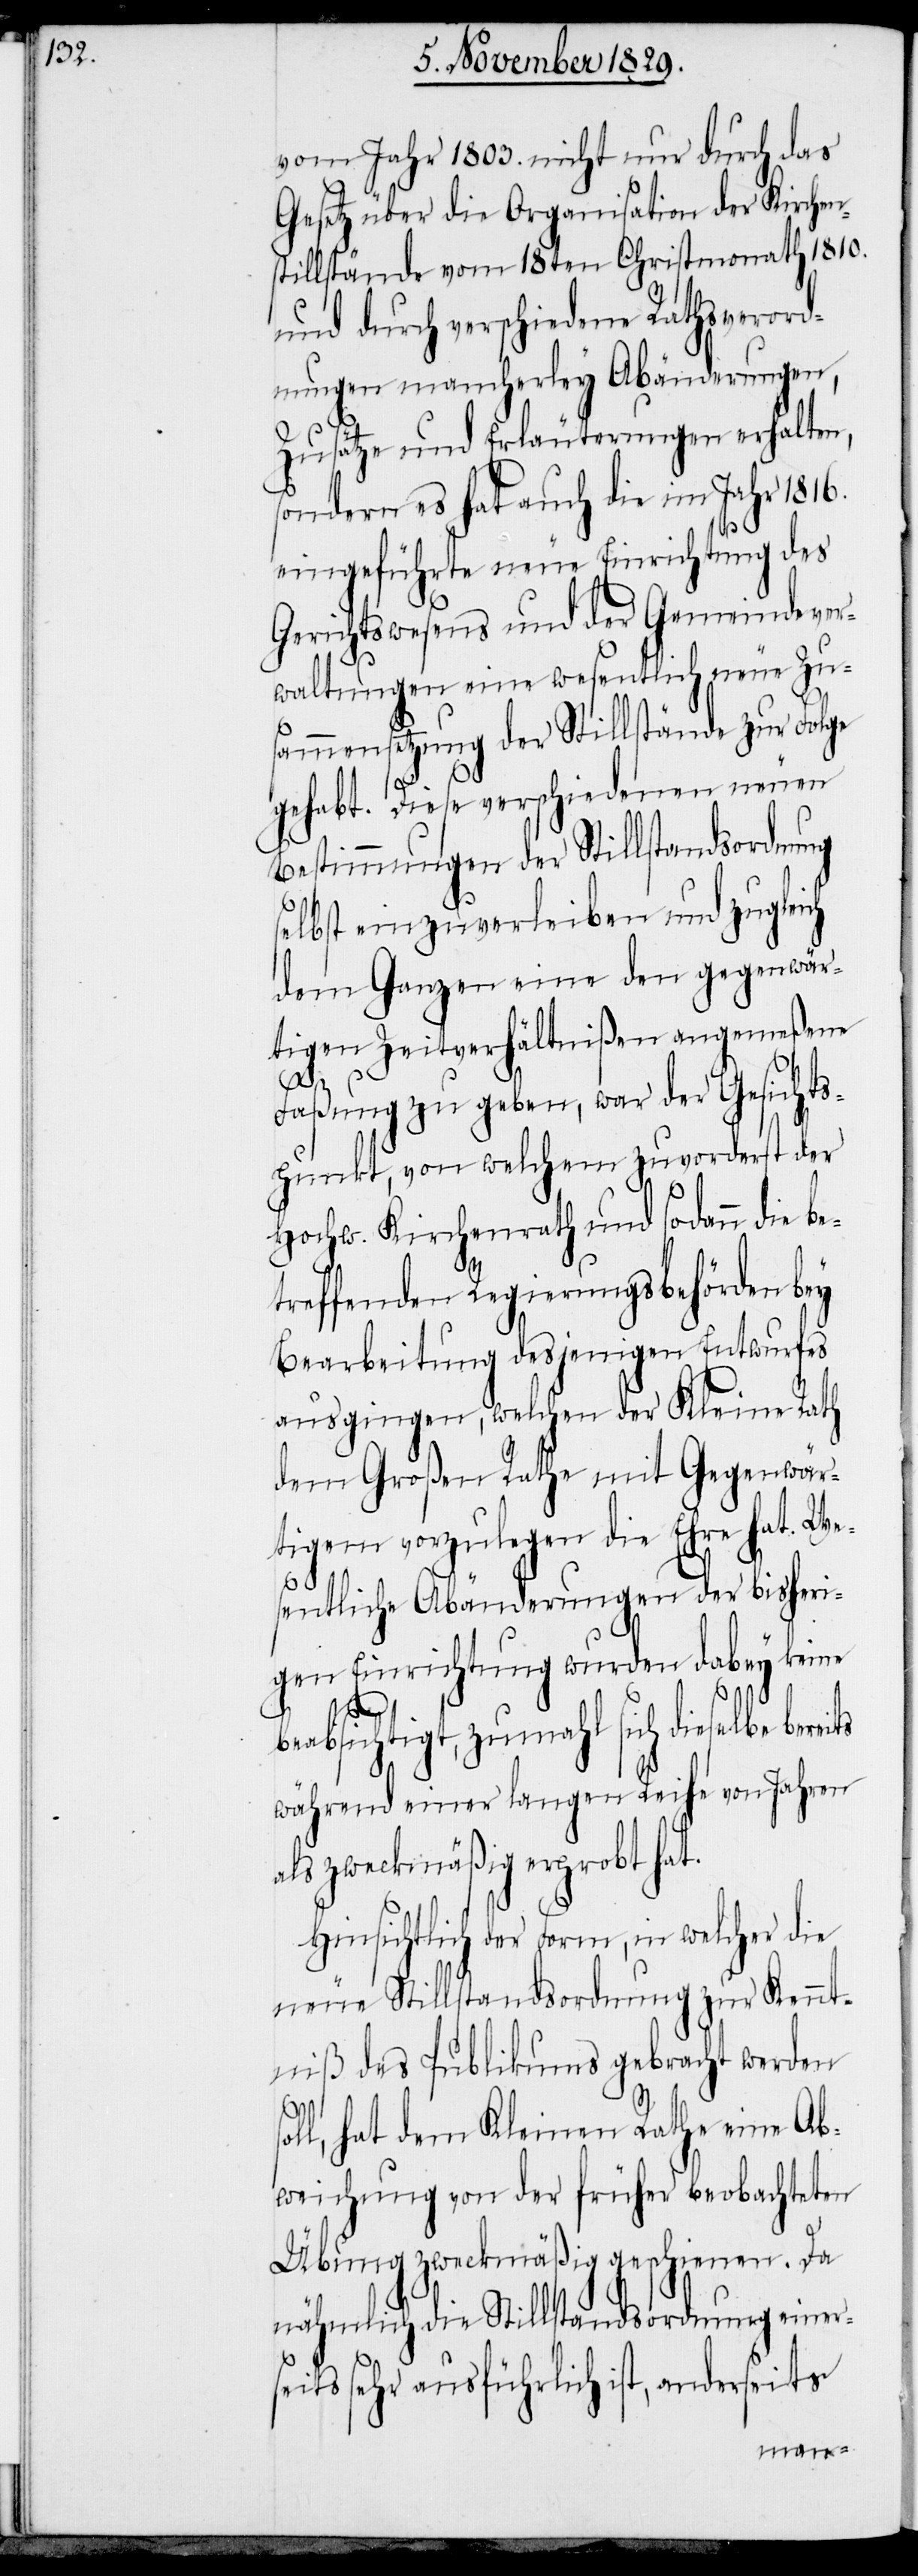
vom Jahr 1803. nicht nur durch das
Gesetz über die Organisation der Kirchen¬
stillstände vom 18ten Christmonath 1810.
und durch verschiedene Rathsverord¬
nungen mancherley Abänderungen,
Zusätze und Erläuterungen erhalten,
sondern es hat auch die im Jahr 1816.
eingeführte neue Einrichtung des
Gerichtswesens und der Gemeindever¬
waltungen eine wesentliche neue Zu¬
sammensetzung der Stillstände zur Folge
gehabt. Diese verschiedenen neuen
Bestimmungen der Stillstandsordnung
selbst einzuverleiben und zugleich
dem Ganzen eine den gegenwär¬
tigen Zeitverhältnißen angemeßene
ts
Faßung zu geben, war der Gesichts¬
punkt, von welchem zuvorderst der
Hochw. Kirchenrath und sodann die be¬
treffende Regierungsbehörden bey
Bearbeitung desjenigen Entwurfes
ausgingen, welchen der Kleine Rath
dem Großen Rathe mit Gegenwär¬
tigem vorzulegen die Ehre hat. We¬
sentliche Abänderungen der bisheri¬
gen Einrichtung wurden dabey keine
sol¬
beabsichtigt, zumahl sich dieselbe berei¬
während einer langen Reihe von Jahren
als zweckmäßig erprobt hat.
Hinsichtlich der Form, in welcher die
neue Stillstandsordnung zur Kennt¬
niß des Publikums gebracht werden
l, hat dem Kleinen Rathe eine Ab¬
weichung von der früher beobachteten
Übung zweckmäßig geschienen. Da
nähmlich die Stillstandsordnung einer¬
seits sehr ausführlich ist, anderseits